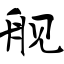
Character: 舰